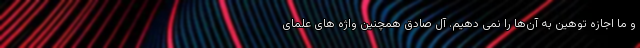
و ما اجازه توهین به آن‌ها را نمی دهیم. آل صادق همچنین واژه های علمای